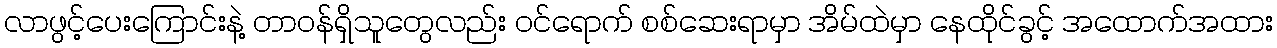
လာဖွင့်ပေးကြောင်းနဲ့ တာဝန်ရှိသူတွေလည်း ဝင်ရောက် စစ်ဆေးရာမှာ အိမ်ထဲမှာ နေထိုင်ခွင့် အထောက်အထား